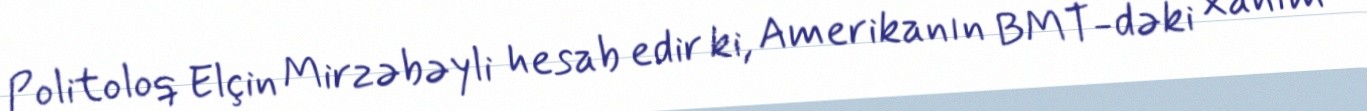
Politoloq Elçin Mirzəbəyli hesab edir ki, Amerikanın BMT-dəki xanım